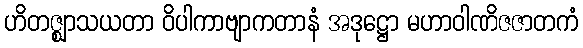
ဟိတဇ္ဈာသယတာ ဝိပါကာဗျာကတာနံ အဒုဋ္ဌော မဟာဝါဏိဇဇာတကံ